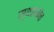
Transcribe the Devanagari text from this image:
स्थापनेच